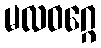
မလဝဂ္ဂေ